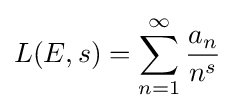
L(E,s)=\sum _{n=1}^{\infty }{\frac {a_{n}}{n^{s}}}